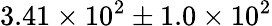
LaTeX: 3.41\times 10^{2}\pm{1.0\times 10^{2}}